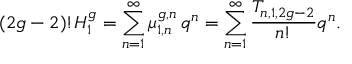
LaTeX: ( 2 g - 2 ) ! H _ { 1 } ^ { g } = \sum _ { n = 1 } ^ { \infty } \mu _ { 1 , n } ^ { g , n } \, q ^ { n } = \sum _ { n = 1 } ^ { \infty } \frac { T _ { n , 1 , 2 g - 2 } } { n ! } q ^ { n } .